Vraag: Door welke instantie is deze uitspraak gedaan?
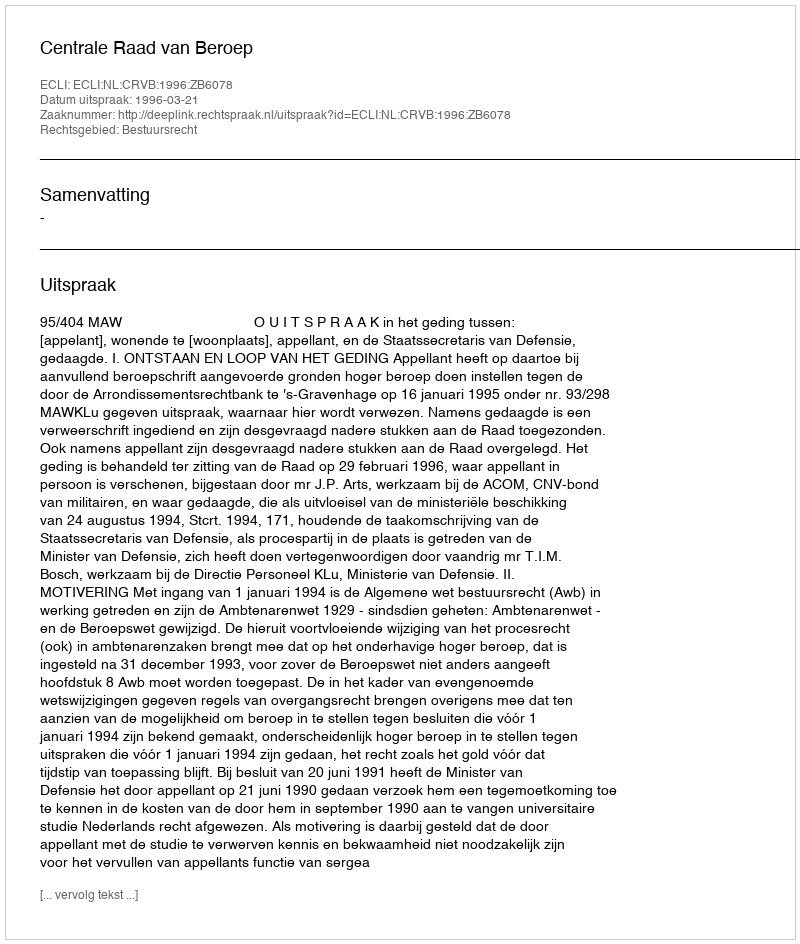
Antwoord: Centrale Raad van Beroep